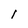
Character: I